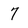
Character: 7